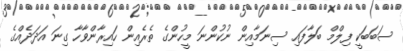
ސަބަބަކީ ފިލްމް ބަލާފައި ސިނަމާއިން ނުކުންނަ މީހުންގެ ތެރެއިން ހައިރާންވާހާ ގިނަ އަދަދެއްގެ